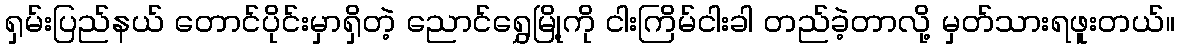
ရှမ်းပြည်နယ် တောင်ပိုင်းမှာရှိတဲ့ ညောင်ရွှေမြို့ကို ငါးကြိမ်ငါးခါ တည်ခဲ့တာလို့ မှတ်သားရဖူးတယ်။